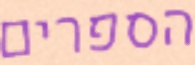
הספרים